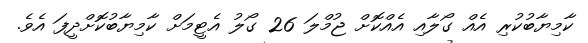
ކާމިޔާބުކުރި އެއް ގޯލާއި އެއްކޮށް ޖުމްލަ 26 ގޯލު އެޓީމަށް ކާމިޔާބުކޮށްދީފަ އެވެ.